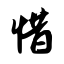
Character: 惜